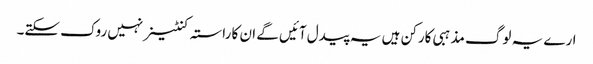
ارے یہ لوگ مذہبی کارکن ہیں یہ پیدل آئیں گے ان کا راستہ کنٹینر نہیں روک سکتے۔